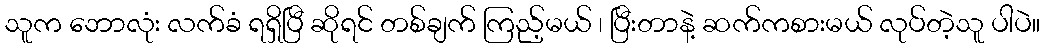
သူက ဘောလုံး လက်ခံ ရရှိပြီ ဆိုရင် တစ်ချက် ကြည့်မယ် ၊ ပြီးတာနဲ့ ဆက်ကစားမယ် လုပ်တဲ့သူ ပါပဲ။